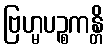
ဗြဟ္မပဉ္စကန္တိ